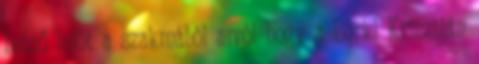
belső infót a szakmából arról hogy a Berki Krisztián